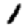
Digit: 1